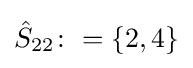
{\hat {S}}_{22}\colon =\{2,4\}